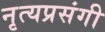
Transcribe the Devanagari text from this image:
नृत्यप्रसंगी